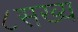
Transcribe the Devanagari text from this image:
८सख्य